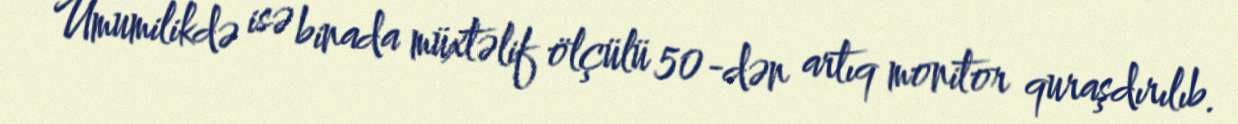
Ümumilikdə isə binada müxtəlif ölçülü 50-dən artıq monitor quraşdırılıb.